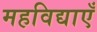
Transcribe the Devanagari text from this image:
महविद्याएँ